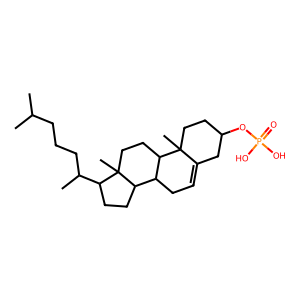
SMILES: CC(C)CCCC(C)C1CCC2C3CC=C4CC(OP(=O)(O)O)CCC4(C)C3CCC12C
Inhibits HIV replication: No